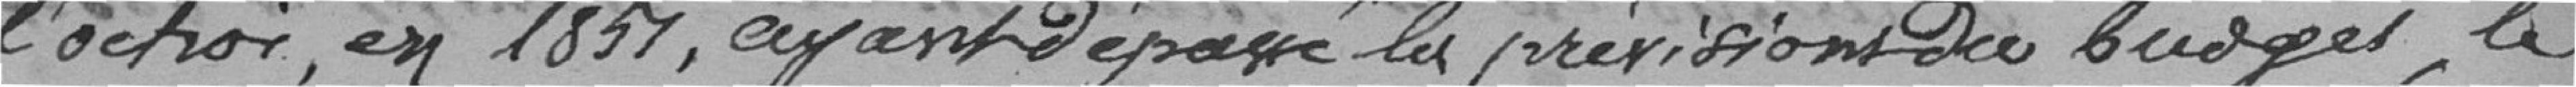
l'octroi, en 1851, ayant dépassé la prévision du budget, le